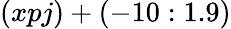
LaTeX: (xpj)+(-10:1.9)